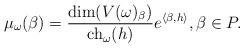
LaTeX: \begin{align*}\mu_\omega(\beta)=\frac{\dim(V(\omega)_\beta)}{\mbox{ch}_\omega(h) }e^{\langle \beta ,h\rangle}, \beta \in P.\end{align*}